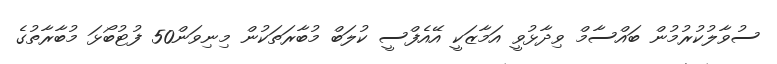
ސުވާލުކުރުމުން ބައްސާމް ވިދާޅުވީ އަމާޒަކީ އޭއެފްސީ ކުލަބް މުބާރަތަކުން މިނިވަން50 ފުޓުބޯޅަ މުބާރާތުގެ